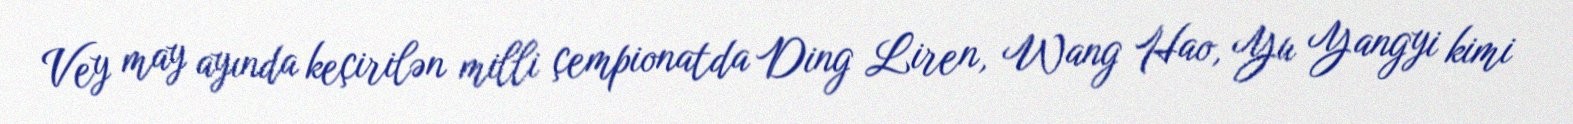
Vey may ayında keçirilən milli çempionatda Ding Liren, Wang Hao, Yu Yangyi kimi